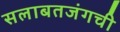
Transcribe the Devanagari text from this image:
सलाबतजंगची